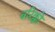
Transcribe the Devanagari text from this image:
बरिक्को